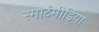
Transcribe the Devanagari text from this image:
स्मार्टमीडिया